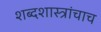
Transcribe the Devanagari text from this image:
शब्दशास्त्रांचाच